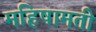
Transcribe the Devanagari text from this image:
महिषामती